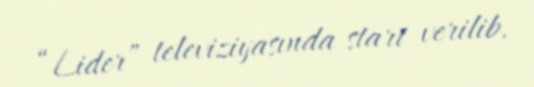
“Lider” televiziyasında start verilib.